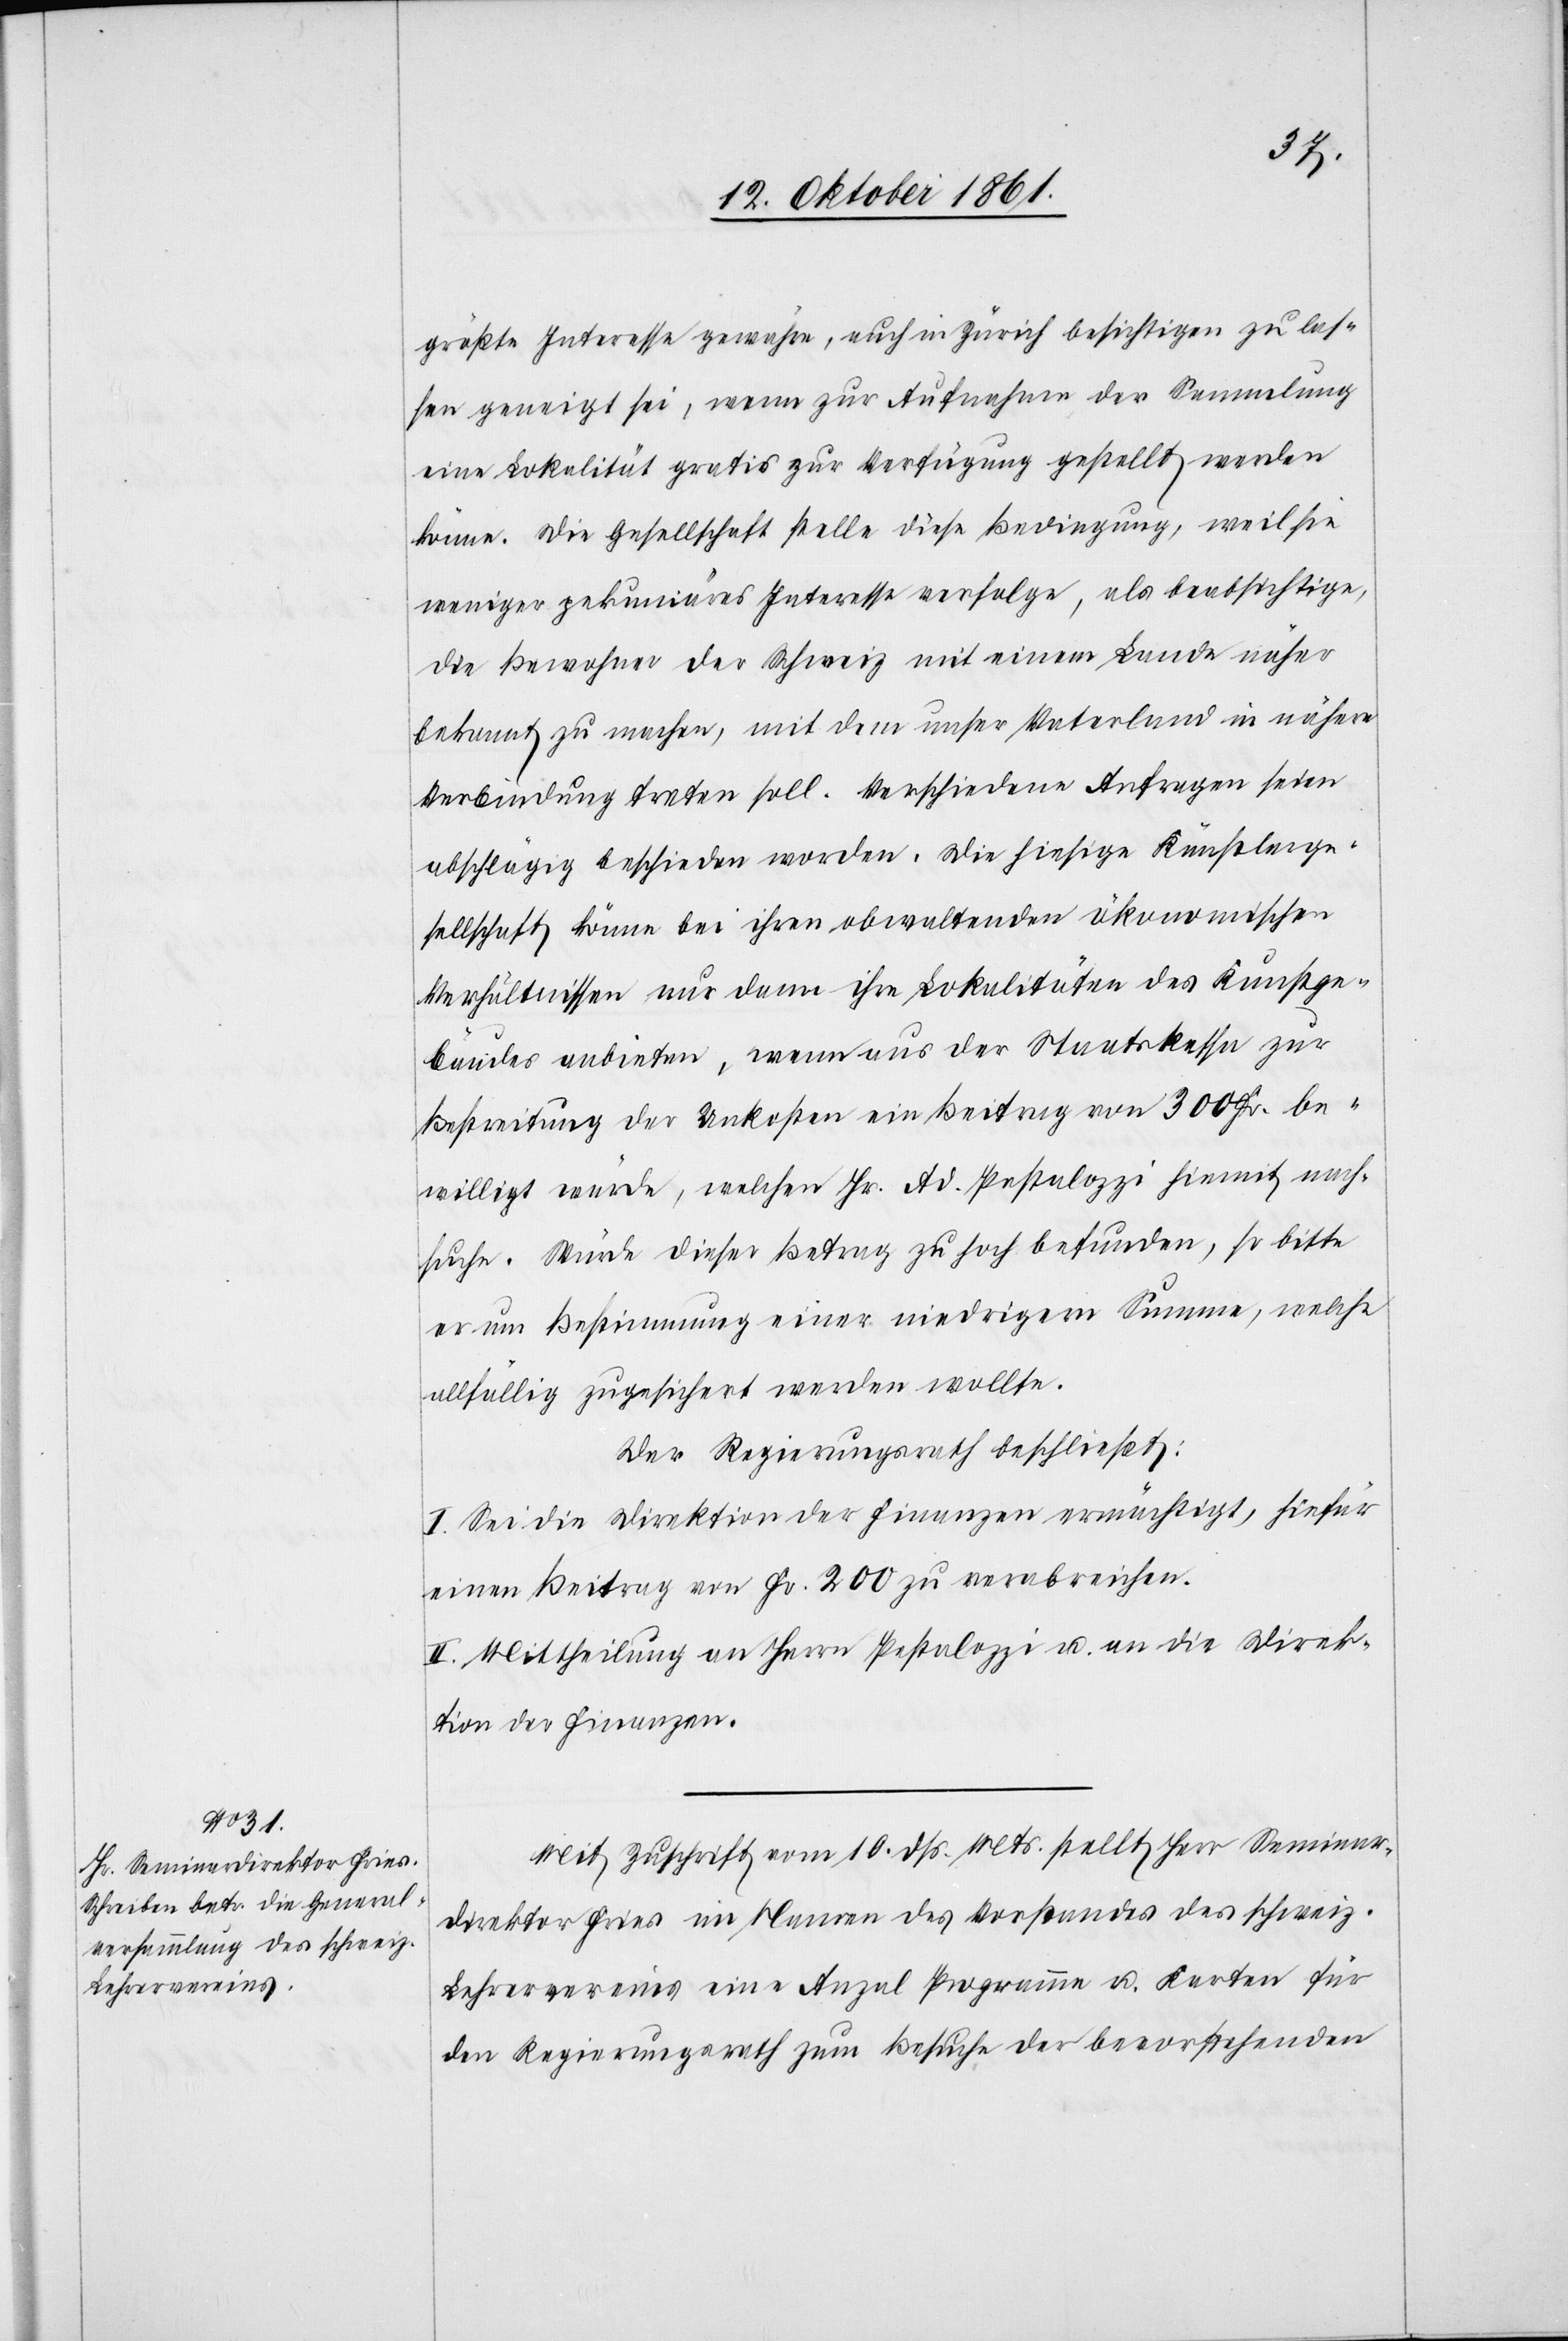
größte Interesse gewähre, auch in Zürich besichtigen zu las¬
sen geneigt sei, wenn zur Aufnahme der Sammlung
eine Lokalität gratis zur Verfügung gestellt werden
könne. Die Gesellschaft stelle diese Bedingung, weil sie
weniger pekuniäres Interesse verfolge, als beabsichtige,
die Bewohner der Schweiz mit einem Lande näher
bekannt zu machen, mit dem unser Vaterland in nähere
Verbindung treten soll. Verschiedene Anfragen seien
abschlägig beschieden worden. Die hiesige Künstlerge¬
sellschaft könne bei ihren obwaltenden ökonomischen
Verhältnissen nur dann ihre Lokalitäten des Kunstge¬
bäudes anbieten, wenn aus der Staatskassa zur
Bestreitung der Unkosten ein Beitrag von 300 Fr. be¬
willigt werde, welchen Hr. Ad. Pestalozzi hiemit nach¬
suche. Würde dieser Betrag zu hoch befunden, so bitte
er um Bestimmung einer niedrigern Summe, welche
allfällig zugesichert werden wollte.
Der Regierungsrath beschließt:
I. Sei die Direktion der Finanzen ermächtigt, hiefür
einen Beitrag von Fr. 200 zu verabreichen.
II. Mittheilung an Herrn Pestalozzi u. an die Direk¬
tion der Finanzen.
Mit Zuschrift vom 10 dß. Mts. stellt Herr Seminar¬
direktor Fries im Namen des Vorstandes des schweiz.
Lehrervereins eine Anzal Programme u. Karten für
den Regierungsrath zum Besuche der bevorstehenden